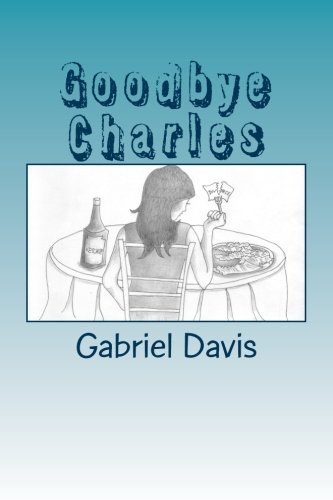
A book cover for Goodbye Charles; Gabriel Davis; Humor & Entertainment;